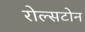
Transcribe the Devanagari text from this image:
रोल्सटोन